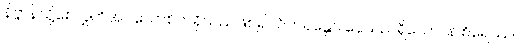
နိဗ္ဗာန်သို့စေလွှတ်အပ်သောစိတ်ရှိသည်ဖြစ်၍။ ဝိဟရန္တော၊ နေသည်ရှိသော်။ န စိရေဿဝ၊